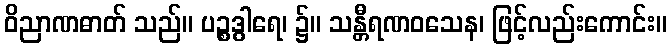
ဝိညာဏဓာတ် သည်။ ပဉ္စဒွါရေ၊ ၌။ သန္တီရဏဝသေန၊ ဖြင့်လည်းကောင်း။